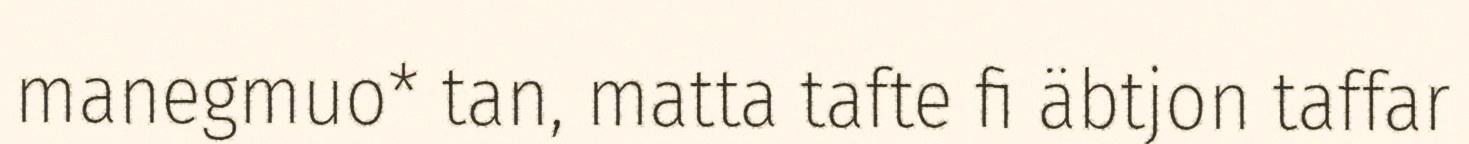
manegmuo* tan, matta tafte fi äbtjon taffar